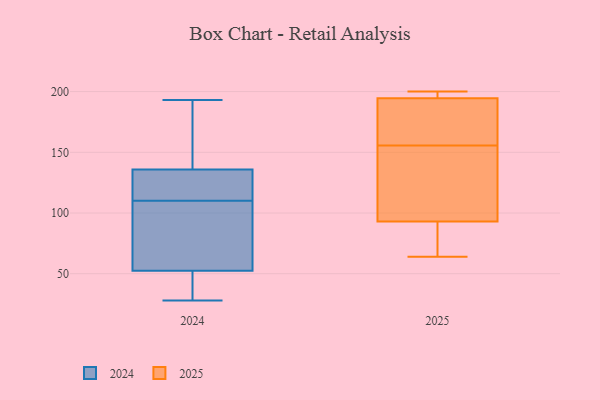
{"axis": {"x": "Humidity (%)", "y": "Value"}, "legend": ["2024", "2025"], "data": [{"x": "", "y": 60, "type": "2024"}, {"x": "", "y": 84, "type": "2024"}, {"x": "", "y": 78, "type": "2024"}, {"x": "", "y": 137, "type": "2024"}, {"x": "", "y": 193, "type": "2024"}, {"x": "", "y": 122, "type": "2024"}, {"x": "", "y": 33, "type": "2024"}, {"x": "", "y": 110, "type": "2024"}, {"x": "", "y": 184, "type": "2024"}, {"x": "", "y": 49, "type": "2024"}, {"x": "", "y": 132, "type": "2024"}, {"x": "", "y": 130, "type": "2024"}, {"x": "", "y": 50, "type": "2024"}, {"x": "", "y": 28, "type": "2024"}, {"x": "", "y": 158, "type": "2024"}, {"x": "", "y": 94, "type": "2025"}, {"x": "", "y": 189, "type": "2025"}, {"x": "", "y": 64, "type": "2025"}, {"x": "", "y": 92, "type": "2025"}, {"x": "", "y": 66, "type": "2025"}, {"x": "", "y": 200, "type": "2025"}, {"x": "", "y": 184, "type": "2025"}, {"x": "", "y": 127, "type": "2025"}, {"x": "", "y": 200, "type": "2025"}, {"x": "", "y": 192, "type": "2025"}, {"x": "", "y": 101, "type": "2025"}, {"x": "", "y": 197, "type": "2025"}]}